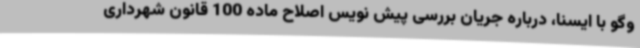
وگو با ایسنا، درباره جریان بررسی پیش نویس اصلاح ماده 100 قانون شهرداری